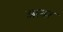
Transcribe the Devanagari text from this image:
आचर